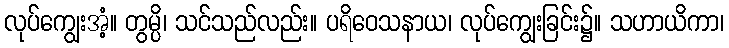
လုပ်ကျွေးအံ့။ တွမ္ပိ၊ သင်သည်လည်း။ ပရိဝေသနာယ၊ လုပ်ကျွေးခြင်း၌။ သဟာယိကာ၊